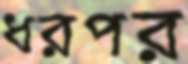
ধরপর